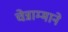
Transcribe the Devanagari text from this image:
चेन्नाम्माने